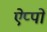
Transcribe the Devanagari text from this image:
ऐप्पों